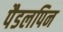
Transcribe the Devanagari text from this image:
पैडलपिन